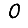
Digit: 0